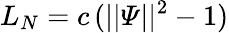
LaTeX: L_{N}=c\, (||\varPsi||^{2}-1)